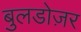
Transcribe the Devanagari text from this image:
बुलडोज़र